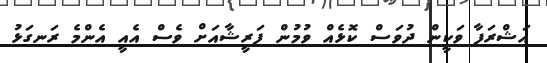
އަޝްރަފާ ވަކީން ދުވަސް ކޮޅެއް ވުމުން ފަރީޝާއަށް ވެސް އެއީ އެންމެ ރަނގަޅު